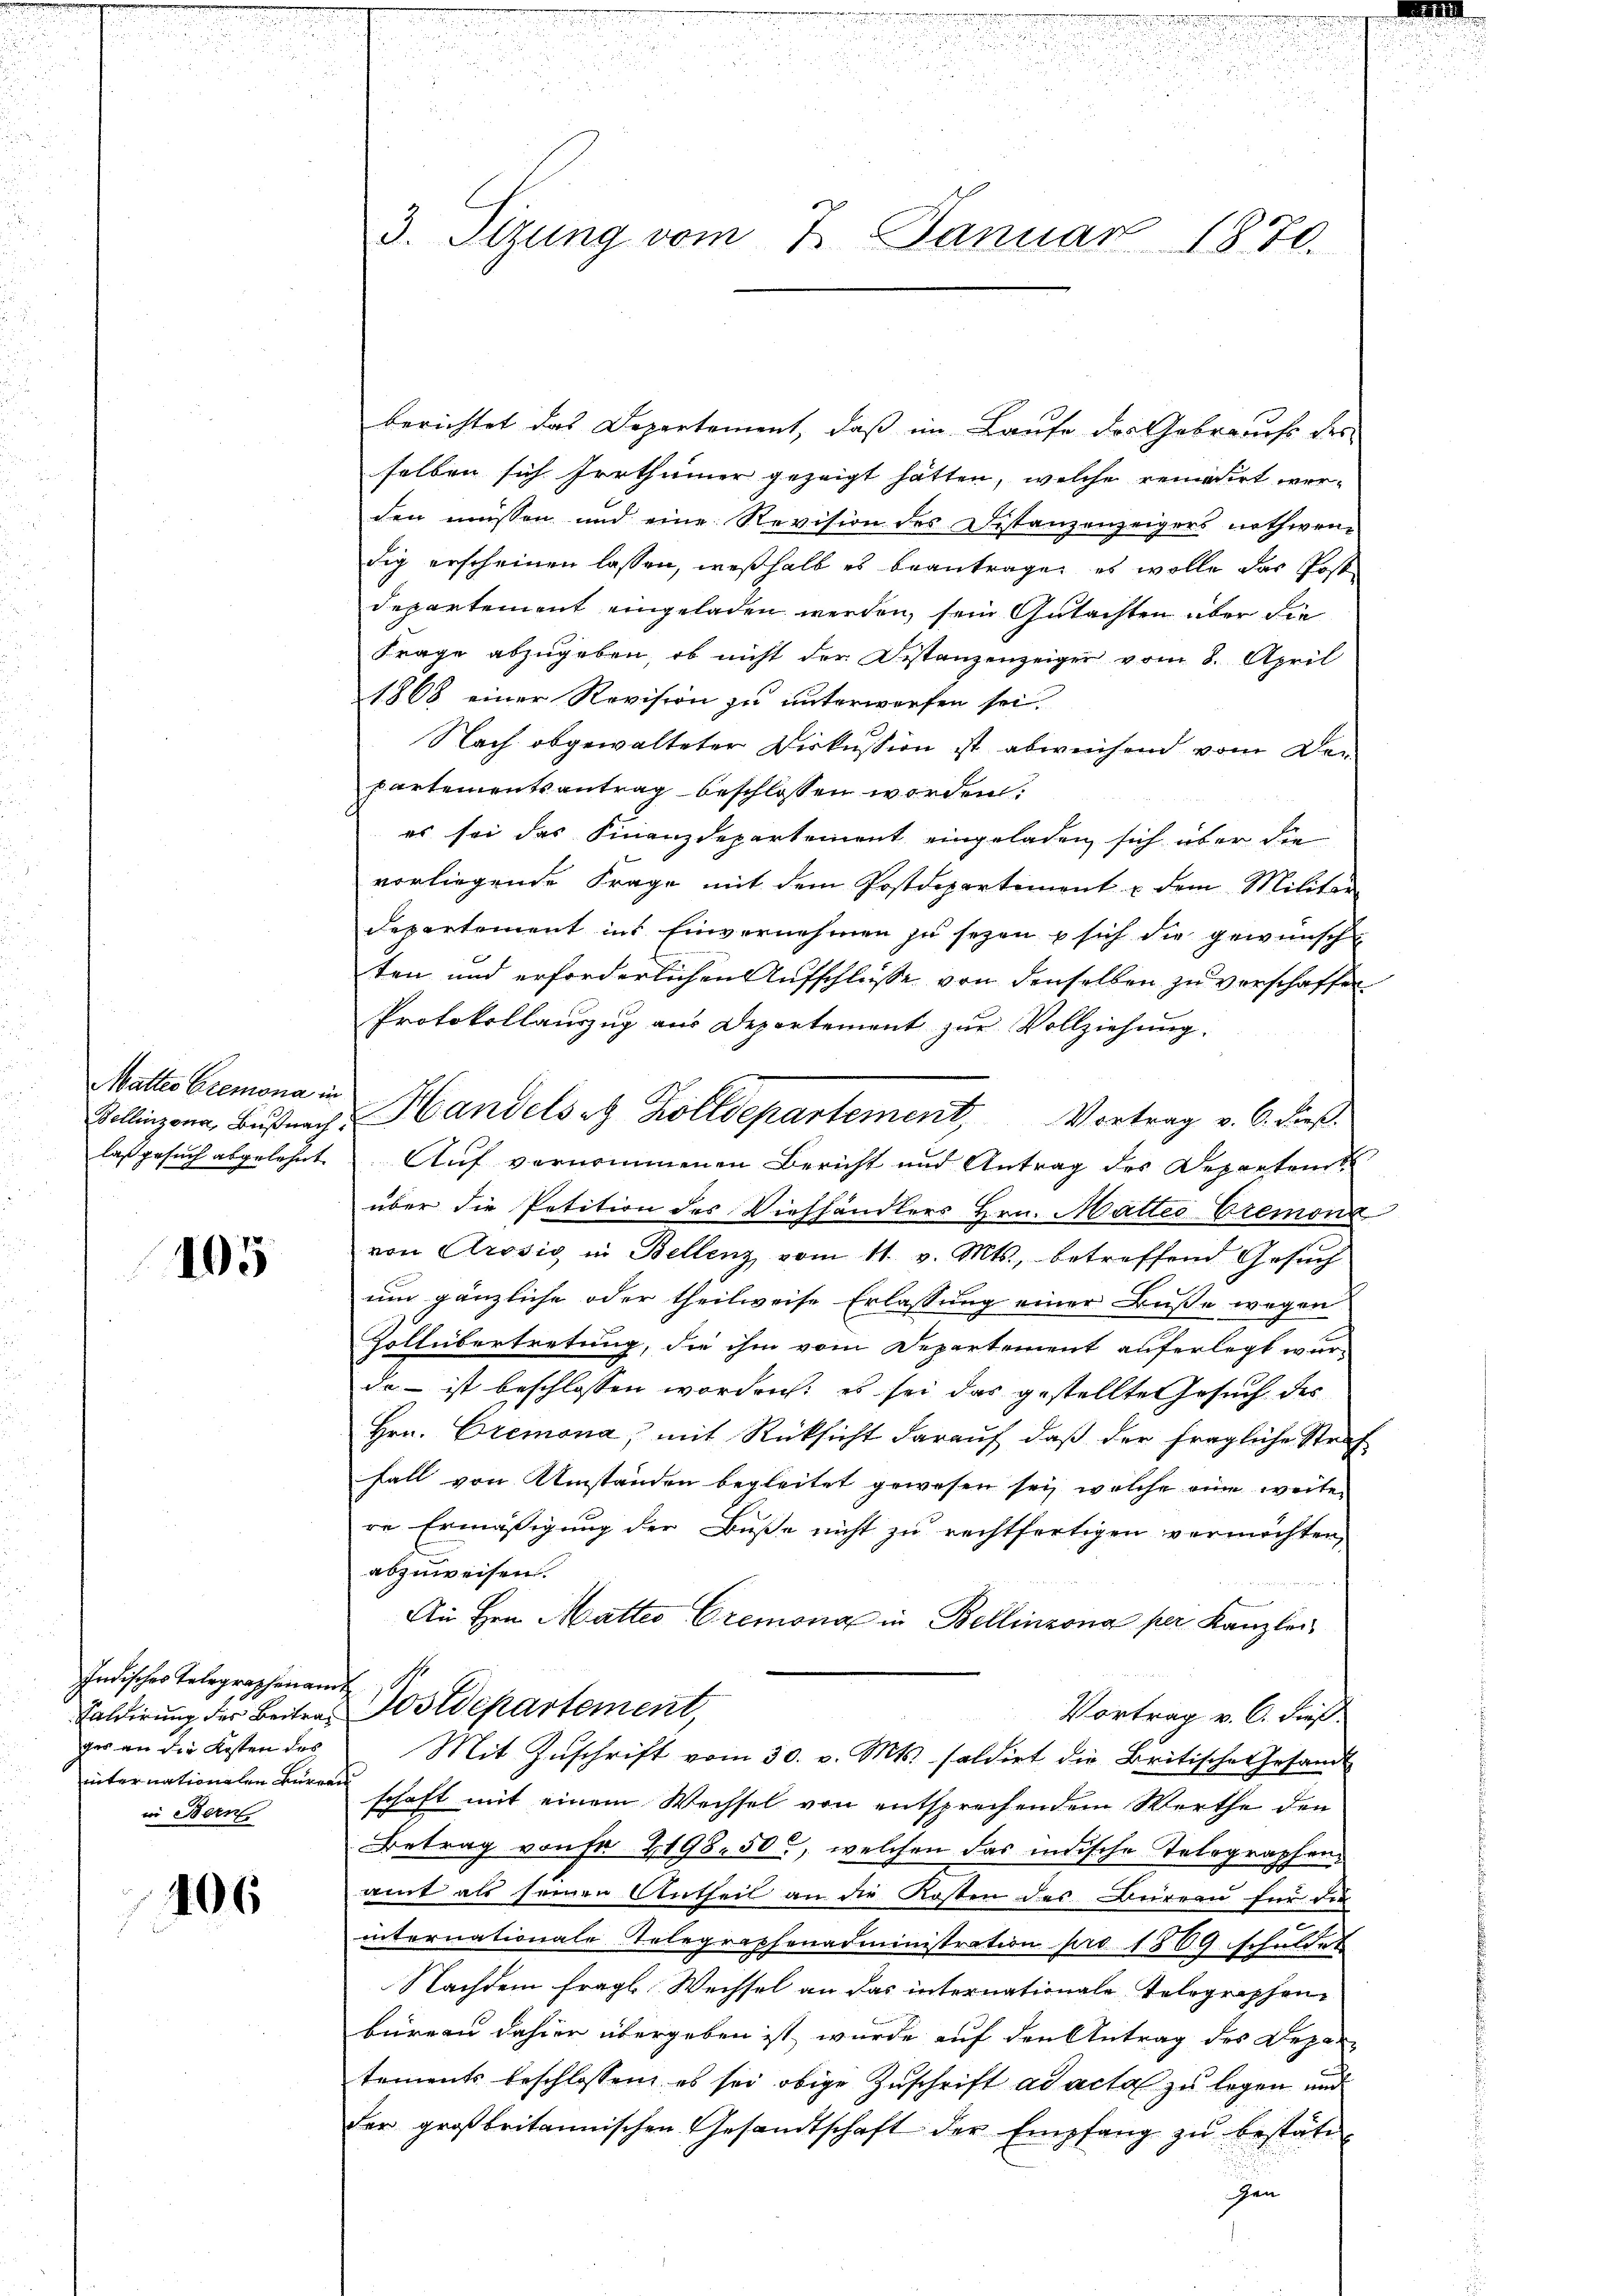
Matter Cremona in
laß gesuch abgelehnt.

105

Indisches Telegraphenamt
ges an die Kosten des
internationalen Burgau
in Bern

406

.
e
.

u
.
a

.
.
3. Sizung vom 7. Januar 1870.

berichtet das Departement, daß im Laufe des Gebrauchs des
selben sich Irrthümer gezeigt hätten, welche remadirt werden müssen und eine Revision des Distanzenzeigers nothwendig erscheinen lassen, weßhalb es beantragen, es wolle das Post
Departement eingeladen werden, sein Gutachten über die
Frage abzugeben, ob nicht der Distanzenzeiger vom 8. April
1868 einer Revision zu unterworfen sei.
Nach abgewalteter Diskussion ist abweichend vom De-
partementsantrag beschlossen worden.
es sei das Finanzdepartement eingeladen sich über die
vorliegende Frage mit dem Postdepartement u dem Militar
departement ins Einvernehmen zu sezen  sich die gewünscht
ten und erforderlichen Aufschlüsse von denselben zu verschaffen.
Protokollaŭszŭg aŭs Departement zŭr Vollziehŭng.
Auf vernommenen Bericht und Antrag des Departent
über die Petition des Viehhändlers Hrn. Maltes Cremona
von Crosis in Bellenz vom 11. v. Mts., betreffend Gesuch
um gänzliche oder theilweise Erlassung einer Buße wegen
Zoltübertretung, die ihm vom Departement auferlegt wurda - ist beschlossen worden: es sei das gestellten Gesuch des
Hrn. Bremona, mit Rücksicht darauf, daß der fragliche Straf
fall von Umständen begleitet gewesen sey, welche eine weiten
re Ermäßigung der Buße nicht zu rechtfertigen vermöchten,
abzuweisen.
An Hrn. Matteo Cremona in Bellinzona per Kanzlei
Faldirung des Beitra Postdepartement,
Vortrag v. 6. dieß
Mit Zŭschrift vom 30. v. Mts. saldirt die Britische Gesandt
schaft mit einem Wechsel von entsprechendem Werthe den
Betrag von fr 2198. 50, welchen das indische Telegraphenait als seinen Antheil an die Kosten des Büreau für die
internationale Telegraphenadministration pro 1869 schuldet
Nachdem fragl. Wechsel an das internationale Telegraphenbüreau dahier übergeben ist wurde auf den Antrag des Departements beschlossen, es sei obige Zuschrift ad acta zu legen und
der großbritannischen Gesandtschaft der Empfang zŭ bestätien

Bellinzona, Basnach Handelsatz Zolldepartement, Vortrag v. 6. dieß.